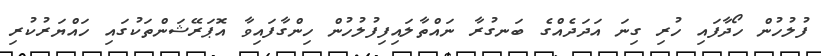
ފުލުހުން ހޯދާފައި ހުރި ގިނަ އަދަދެއްގެ ބަނގުރާ ނައްތާލައިފިފުލުހުން ހިންގާފައިވާ އޮޕަރޭޝަންތަކުގައި ހައްޔަރުކުރި